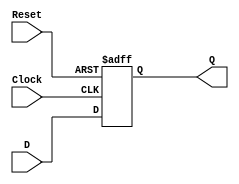
`timescale 1ns / 1ps
//////////////////////////////////////////////////////////////////////////////////
// Company: 
// Engineer: 
// 
// Design Name: 
// Module Name: 16_bit_Reg
// Project Name: 
// Target Devices: 
// Tool Versions: 
// Description: A D flip flop with an asynchronous reset
// 
// Dependencies: 
// 
// Revision:
// Revision 0.01 - File Created
// Additional Comments:
// 
//////////////////////////////////////////////////////////////////////////////////


module D_flipFlop(Clock,Reset,D,Q);
input D,Clock,Reset;
output reg Q;

always @(negedge Reset,posedge Clock)
    if(!Reset)
        Q<=0;
    else 
        Q = D;
endmodule